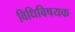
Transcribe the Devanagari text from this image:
विधिविषयक